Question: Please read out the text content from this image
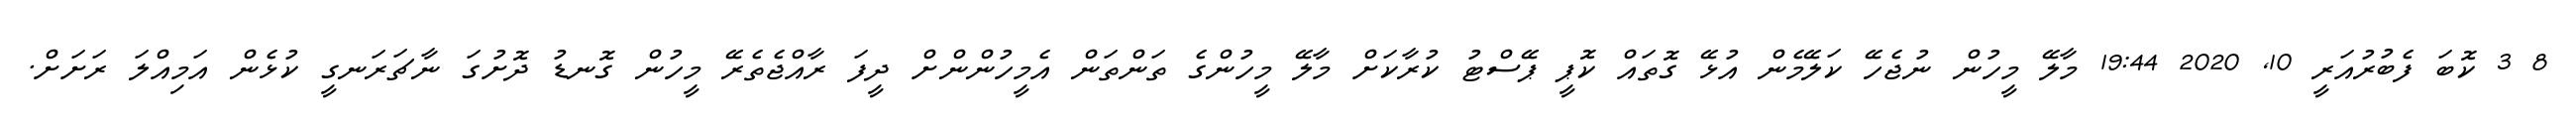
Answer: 8 3 ކޮބަ ފެބުރުއަރީ 10, 2020 19:44 މާލޭ މީހުން ނުޖެހޭ ކަލޭމެން އުޅޭ ގޮތައް ކޮޕީ ޕޭސްޓު ކުރާކަށް މާލޭ މީހުންގެ ތަންތަން އެމީހުންންށް ދީފަ ރާއްޖެތެރޭ މީހުން ގޮނޑު ދޮށުގަ ނާޗަރަނގީ ކުޅެން އަމިއްލަ ރަށަށް.